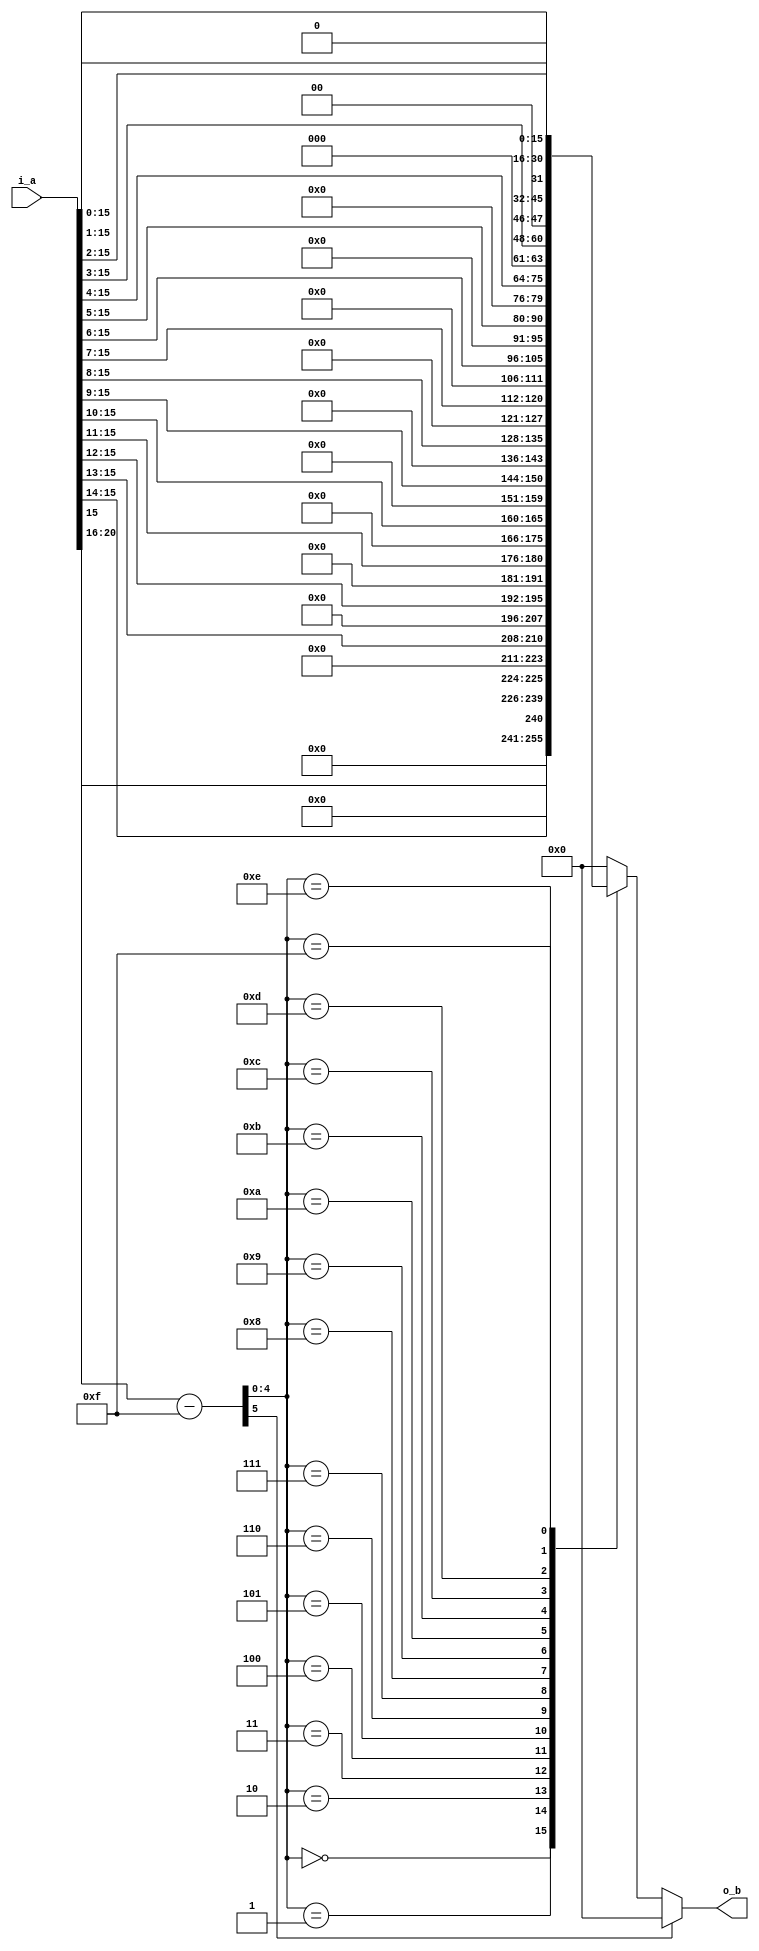
module fm_3d_f22_to_ui (
    i_a,
    o_b
);

///////////////////////////////////////////
//  port definition
///////////////////////////////////////////
    input  [21:0] i_a;          // input s1, e5, f1.15
    output [15:0] o_b;          // unsigned integer
///////////////////////////////////////////
//  wire definition
///////////////////////////////////////////
    // intermidiate wire
    wire [4:0]  w_exp;
    wire [15:0] w_fraction;

///////////////////////////////////////////
//  assign statement
///////////////////////////////////////////
    assign w_exp  = i_a[20:16];
    assign w_fraction = i_a[15:0];

    assign o_b = f_ftoi(w_exp, w_fraction);
///////////////////////////////////////////
//  function statement
///////////////////////////////////////////
    function [15:0] f_ftoi;
        input [4:0]  exp;
        input [15:0] frac;
        reg   [5:0]  ee;
        begin
            ee = exp - 4'd15;  // remove bias
            if (ee[5]) begin
                f_ftoi = 16'h0;
            end else begin
                case (ee[4:0])
                    5'd0:  f_ftoi = {15'b0,frac[15]};    // bias 0
                    5'd1:  f_ftoi = {14'b0,frac[15:14]};
                    5'd2:  f_ftoi = {13'b0,frac[15:13]};
                    5'd3:  f_ftoi = {12'b0,frac[15:12]};
                    5'd4:  f_ftoi = {11'b0,frac[15:11]};
                    5'd5:  f_ftoi = {10'b0,frac[15:10]};
                    5'd6:  f_ftoi = {9'b0,frac[15:9]};
                    5'd7:  f_ftoi = {8'b0,frac[15:8]};
                    5'd8:  f_ftoi = {7'b0,frac[15:7]};
                    5'd9:  f_ftoi = {6'b0,frac[15:6]};
                    5'd10: f_ftoi = {5'b0,frac[15:5]};
                    5'd11: f_ftoi = {4'b0,frac[15:4]};
                    5'd12: f_ftoi = {3'b0,frac[15:3]};
                    5'd13: f_ftoi = {2'b0,frac[15:2]};
                    5'd14: f_ftoi = {1'b0,frac[15:1]};
                    5'd15: f_ftoi = frac[15:0];
                    default: f_ftoi = 16'h0;
                endcase
            end
        end
    endfunction

endmodule